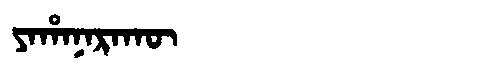
Manchu: ᠶᠠᡥᠠᠨᠠᡵᠠᡴᡡ
Romanization: YAHANARAKŪ